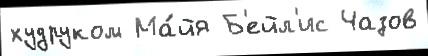
худруком Ма́йя Б'ейл'ис Чазов